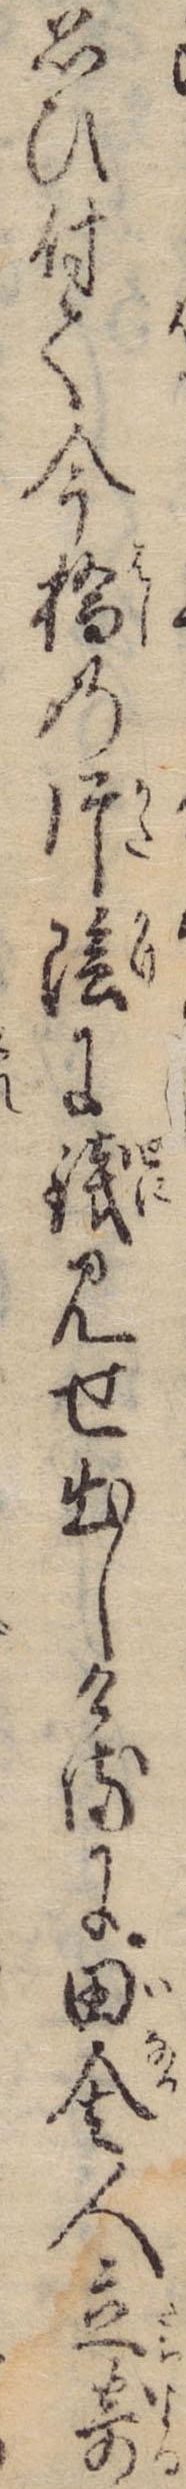
思ひ付て今橋の片陰に銭見せ出しけるに田舎人立寄